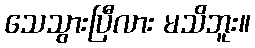
သေသွားပြီလား မသိဘူး။